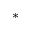
*